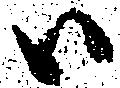
尉